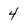
Character: 4